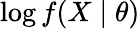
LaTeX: \log f(X\mid\theta)